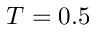
T = 0 . 5